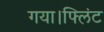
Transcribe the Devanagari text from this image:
गया।फ्लिंट